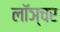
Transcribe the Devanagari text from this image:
लॉञ्चर